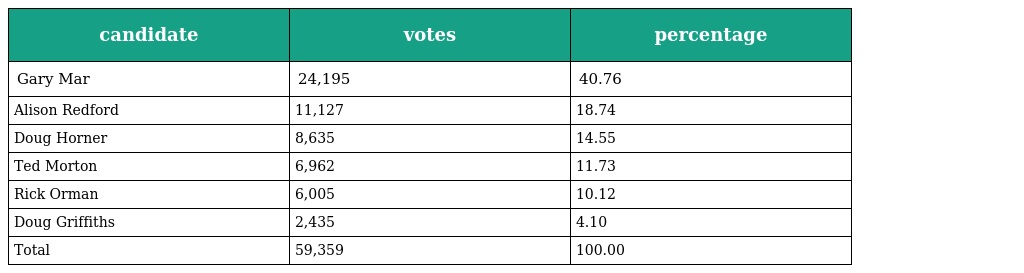
| candidate | votes | percentage |
 | --- | --- | --- |
 | Gary Mar | 24,195 | 40.76 |
 | Alison Redford | 11,127 | 18.74 |
 | Doug Horner | 8,635 | 14.55 |
 | Ted Morton | 6,962 | 11.73 |
 | Rick Orman | 6,005 | 10.12 |
 | Doug Griffiths | 2,435 | 4.10 |
 | Total | 59,359 | 100.00 |